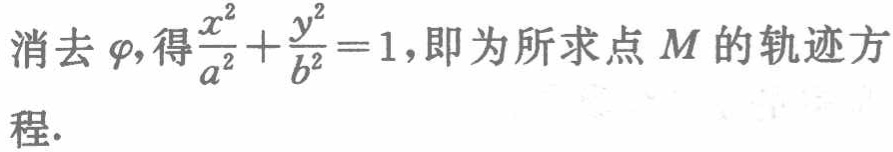
消去$\varphi$,得$\frac{x^{2}}{a^{2}}+\frac{y^{2}}{b^{2}} = 1$,即为所求点$M$的轨迹方程.